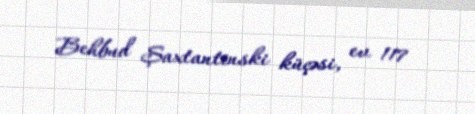
Behbud Şaxtantinski küçəsi, ev 117